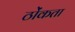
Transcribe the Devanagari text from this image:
ठोंकता